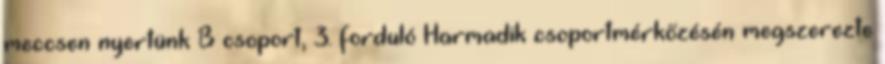
meccsen nyertünk B csoport, 3. forduló Harmadik csoportmérkőzésén megszerezte